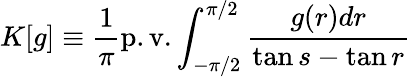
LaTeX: K[g]\equiv\frac{1}{\pi}\mathrm{p.v.}\int_{-\pi/2}^{\pi/2}\frac{g(r)dr}{\tan s-\tan r}